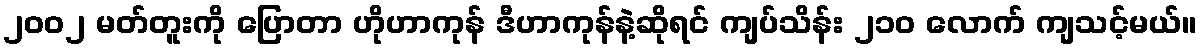
၂၀၀၂ မတ်တူးကို ပြောတာ ဟိုဟာကုန် ဒီဟာကုန်နဲ့ဆိုရင် ကျပ်သိန်း ၂၁၀ လောက် ကျသင့်မယ်။